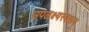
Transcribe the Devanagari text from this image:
उपलक्ष्यस्वरूप